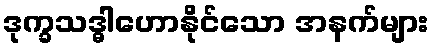
ဒုက္ခသဒ္ဓါဟောနိုင်သော အနက်များ